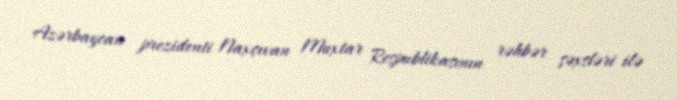
Azərbaycan prezidenti Naxçıvan Muxtar Respublikasının rəhbər şəxsləri ilə